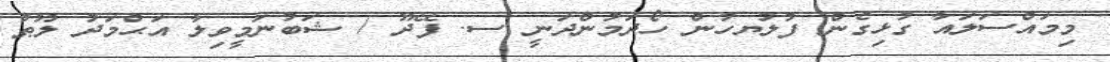
މިމައްސަލައާ ގުޅިގެން ފުލުޔހުން ހޯދަމުންދަނީ ސ. ފޭދޫ / ޝަބުނަމީވިލާ އަޙްމަދު ލޫޠު